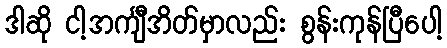
ဒါဆို ငါ့အင်္ကျီအိတ်မှာလည်း စွန်းကုန်ပြီပေါ့